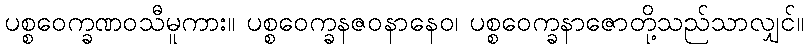
ပစ္စဝေက္ခဏဝသီမူကား။ ပစ္စဝေက္ခနဇဝနာနေဝ၊ ပစ္စဝေက္ခနာဇောတို့သည်သာလျှင်။